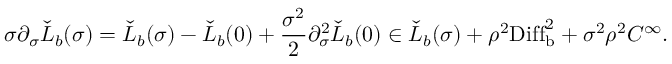
\sigma \partial _ { \sigma } \check { L } _ { b } ( \sigma ) = \check { L } _ { b } ( \sigma ) - \check { L } _ { b } ( 0 ) + \frac { \sigma ^ { 2 } } { 2 } \partial _ { \sigma } ^ { 2 } \check { L } _ { b } ( 0 ) \in \check { L } _ { b } ( \sigma ) + \rho ^ { 2 } \mathrm { D i f f } _ { \mathrm { b } } ^ { 2 } + \sigma ^ { 2 } \rho ^ { 2 } C ^ { \infty } .